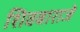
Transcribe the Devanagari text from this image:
शिवबाराजे